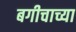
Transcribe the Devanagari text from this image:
बगीचाच्या